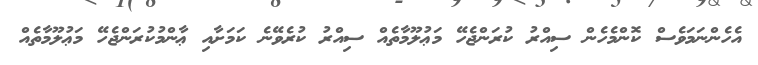
އެހެންނަމަވެސް ކޮންމެހެން ސިއްރު ކުރަންޖެހޭ މަޢުލޫމާތެއް ސިއްރު ކުރެވޭނެ ކަމަށާއި ޢާންމުކުރަންޖެހޭ މަޢުލޫމާތެއް